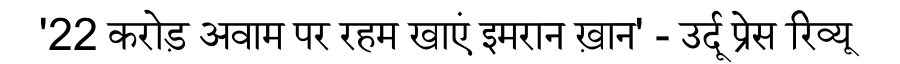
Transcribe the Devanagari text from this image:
'22 करोड़ अवाम पर रहम खाएं इमरान ख़ान' - उर्दू प्रेस रिव्यू